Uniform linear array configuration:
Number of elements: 4
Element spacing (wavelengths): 0.5
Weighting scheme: exponential
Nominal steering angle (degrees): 30
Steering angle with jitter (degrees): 28.772
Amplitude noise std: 0.05
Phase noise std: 0.05

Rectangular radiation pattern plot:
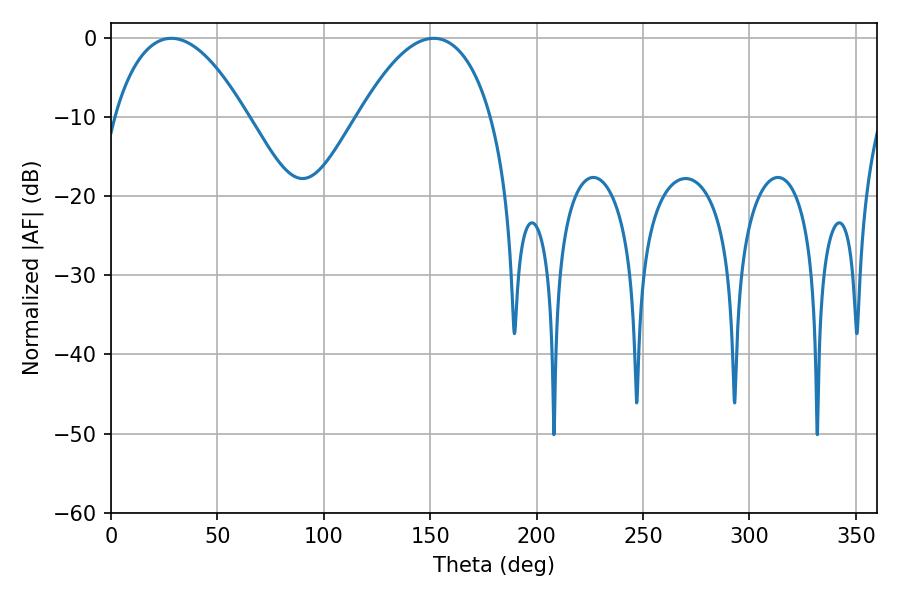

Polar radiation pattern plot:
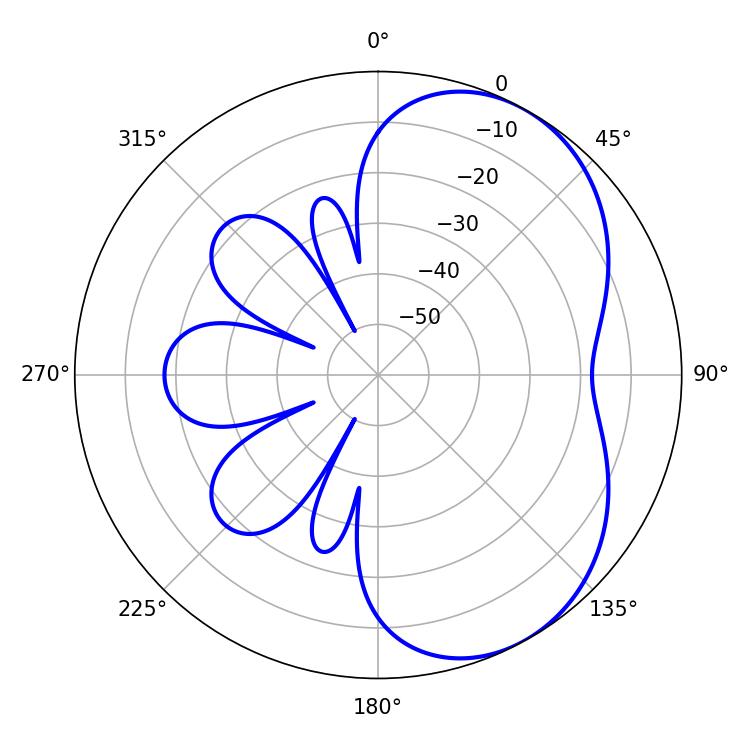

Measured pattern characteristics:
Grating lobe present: FALSE
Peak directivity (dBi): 4.918
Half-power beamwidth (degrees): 34.74
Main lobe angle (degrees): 28.44